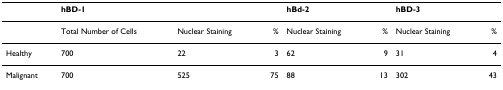
<table><thead><tr><td></td><td><b>hBD-1</b></td><td></td><td></td><td><b>hBd-2</b></td><td></td><td><b>hBD-3</b></td><td></td></tr></thead><tbody><tr><td></td><td>Total Number of Cells</td><td>Nuclear Staining</td><td>%</td><td>Nuclear Staining</td><td>%</td><td>Nuclear Staining</td><td>%</td></tr><tr><td>Healthy</td><td>700</td><td>22</td><td>3</td><td>62</td><td>9</td><td>31</td><td>4</td></tr><tr><td>Malignant</td><td>700</td><td>525</td><td>75</td><td>88</td><td>13</td><td>302</td><td>43</td></tr></tbody></table>